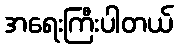
အရေးကြီးပါတယ်